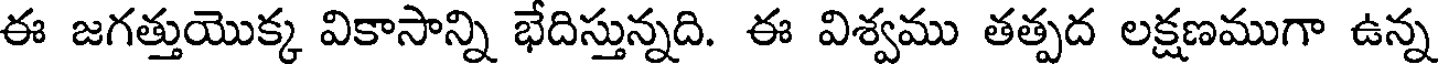
ఈ జగత్తుయొక్క వికాసాన్ని భేదిస్తున్నది. ఈ విశ్వము తత్పద లక్షణముగా ఉన్న